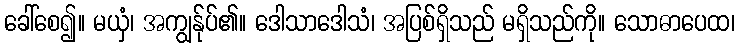
ခေါ်စေ၍။ မယှံ၊ အကျွန်ုပ်၏။ ဒေါသာဒေါသံ၊ အပြစ်ရှိသည် မရှိသည်ကို။ သောဓာပေထ၊